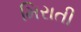
મિરાતી